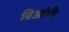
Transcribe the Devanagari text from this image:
बिआंची